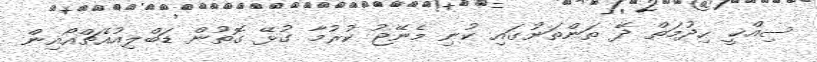
ސިއްޚީ ހިދުމަތް ދޭ ތަންތަނުގައި ކުނި މެނޭޖު ކުރުމާ ގުޅޭ ގޮތުން ޑަބްލިއުއެޗްއޯއިން